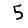
Digit: 5